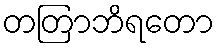
တတြာဘိရတော